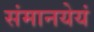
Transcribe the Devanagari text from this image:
संमानयेयं